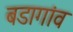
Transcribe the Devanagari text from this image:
बडागांव